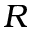
R